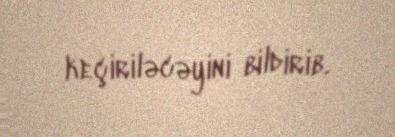
keçiriləcəyini bildirib.